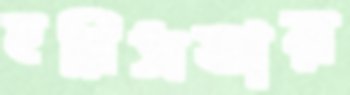
হরিসভায়